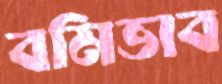
বমিভাব